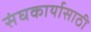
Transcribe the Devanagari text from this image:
संघकार्यासाठी